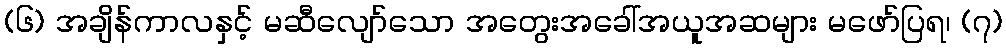
(၆) အချိန်ကာလနှင့် မဆီလျော်သော အတွေးအခေါ်အယူအဆများ မဖော်ပြရ၊ (၇)